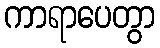
ကာရာပေတွာ